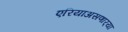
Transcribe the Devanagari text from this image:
एरियाअसणार्‍या